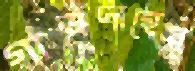
গাত্রদাহের